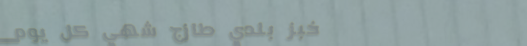
خبز بلدي طازج شهي كل يوم